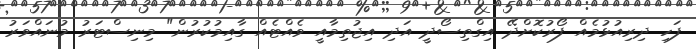
ފަހި ދިރިއުޅުމެއް ފޯރުކޮށްދޭ އިގްތިސޯދީ އަދި އިޖުތިމާއީ ވެއްޓެއް ގާއިމުކުރުން" މިނިސްޓަރު މުނައްވަރު